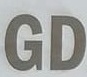
GD